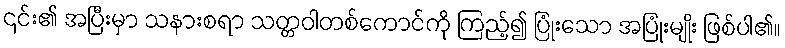
၎င်း၏ အပြီးမှာ သနားစရာ သတ္တဝါတစ်ကောင်ကို ကြည့်၍ ပြုံးသော အပြုံးမျိုး ဖြစ်ပါ၏။